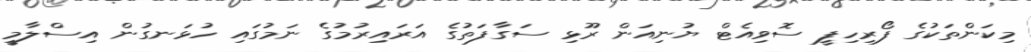
މިކަންތަކުގެ ފޯރިހިފީ ސޮވިއެޓް ޔުނިއަން ރޫޅި ސަގާފަތުގެ އަރައިރުމުގެ ނަމުގައި ހުޅަނގުން އިސްލާމީ